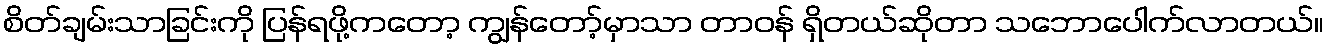
စိတ်ချမ်းသာခြင်းကို ပြန်ရဖို့ကတော့ ကျွန်တော့်မှာသာ တာဝန် ရှိတယ်ဆိုတာ သဘောပေါက်လာတယ်။